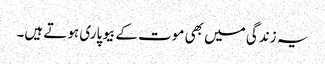
یہ زندگی میں بھی موت کے بیوپاری ہوتے ہیں۔